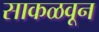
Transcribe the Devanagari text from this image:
साकळवून